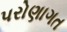
પરોણાગત